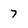
Character: 7